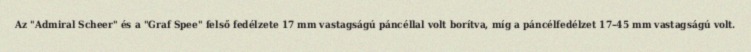
Az "Admiral Scheer" és a "Graf Spee" felső fedélzete 17 mm vastagságú páncéllal volt borítva, míg a páncélfedélzet 17–45 mm vastagságú volt.